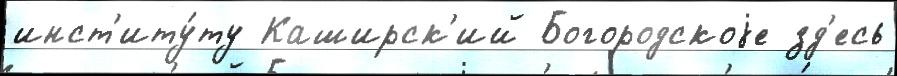
инст'иту́ту Каширск'ий Богородскоjе зд'есь